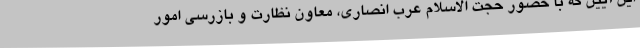
این آیین که با حضور حجت الاسلام عرب انصاری، معاون نظارت و بازرسی امور